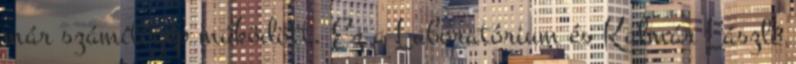
már számítógép működött. Ez a Laboratórium és Kalmár László